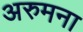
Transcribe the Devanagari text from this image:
अरुमना